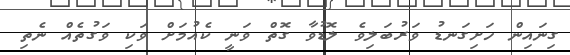
ގިނައިން ހަށިގަނޑު ވަރުބަލިވެ ލޮޑުވާ ގޮތް ވަނީ ކެއުމަށް ވަކި ވަގުތެއް ނެތި